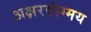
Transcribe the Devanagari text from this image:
अक्षरवांग्मय